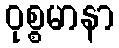
ဝုစ္စမာနာ